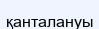
қанталануы